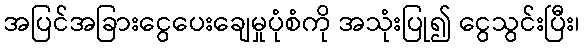
အပြင်အခြားငွေပေးချေမှုပုံစံကို အသုံးပြု၍ ငွေသွင်းပြီး၊